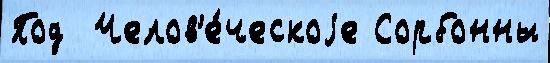
Под  Челов'е́ческоjе Сорбонны